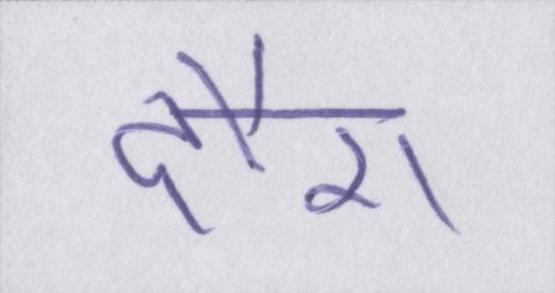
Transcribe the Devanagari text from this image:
दौरा